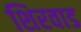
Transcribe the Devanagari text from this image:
शिरवाड